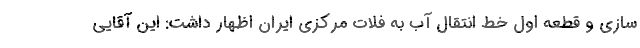
سازی و قطعه اول خط انتقال آب به فلات مرکزی ایران اظهار داشت: این آقایی